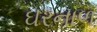
ઘરનાળ